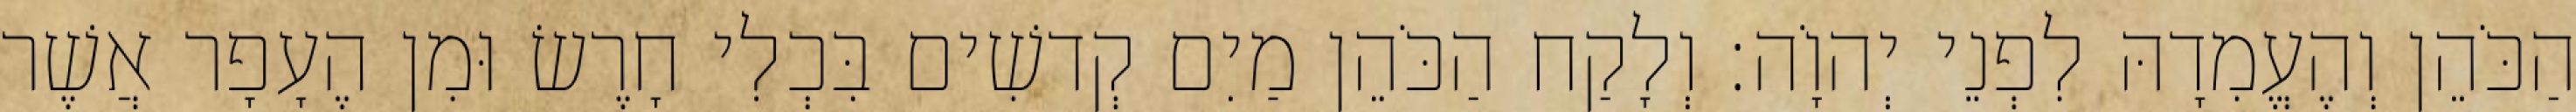
הַכֹּהֵן וְהֶעֱמִדָהּ לִפְנֵי יְהוָֹה׃ וְלָקַח הַכֹּהֵן מַיִם קְדשִׁים בִּכְלִי חָרֶשׂ וּמִן הֶעָפָר אֲשֶׁר